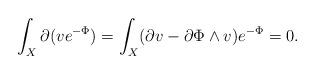
LaTeX: \begin{align*}\int_X \partial (ve^{-\Phi}) = \int_X (\partial v - \partial\Phi\wedge v) e^{-\Phi} = 0. \end{align*}